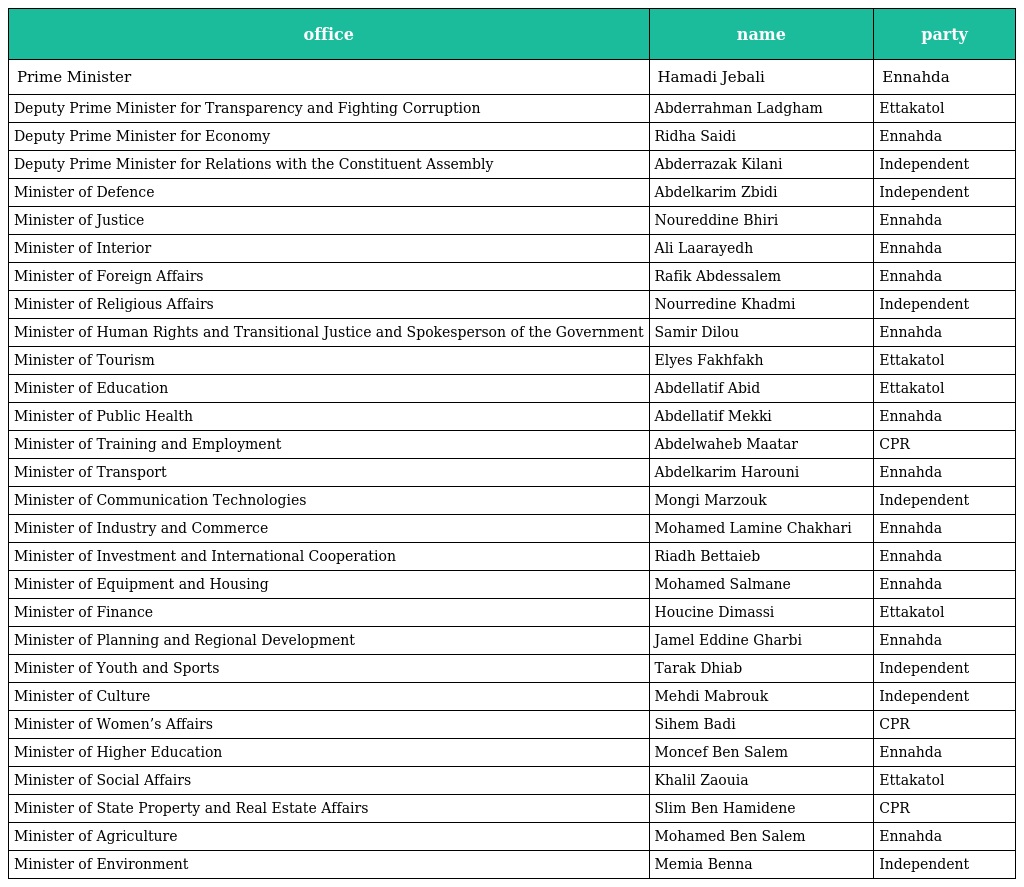
| office | name | party |
 | --- | --- | --- |
 | Prime Minister | Hamadi Jebali | Ennahda |
 | Deputy Prime Minister for Transparency and Fighting Corruption | Abderrahman Ladgham | Ettakatol |
 | Deputy Prime Minister for Economy | Ridha Saidi | Ennahda |
 | Deputy Prime Minister for Relations with the Constituent Assembly | Abderrazak Kilani | Independent |
 | Minister of Defence | Abdelkarim Zbidi | Independent |
 | Minister of Justice | Noureddine Bhiri | Ennahda |
 | Minister of Interior | Ali Laarayedh | Ennahda |
 | Minister of Foreign Affairs | Rafik Abdessalem | Ennahda |
 | Minister of Religious Affairs | Nourredine Khadmi | Independent |
 | Minister of Human Rights and Transitional Justice and Spokesperson of the Government | Samir Dilou | Ennahda |
 | Minister of Tourism | Elyes Fakhfakh | Ettakatol |
 | Minister of Education | Abdellatif Abid | Ettakatol |
 | Minister of Public Health | Abdellatif Mekki | Ennahda |
 | Minister of Training and Employment | Abdelwaheb Maatar | CPR |
 | Minister of Transport | Abdelkarim Harouni | Ennahda |
 | Minister of Communication Technologies | Mongi Marzouk | Independent |
 | Minister of Industry and Commerce | Mohamed Lamine Chakhari | Ennahda |
 | Minister of Investment and International Cooperation | Riadh Bettaieb | Ennahda |
 | Minister of Equipment and Housing | Mohamed Salmane | Ennahda |
 | Minister of Finance | Houcine Dimassi | Ettakatol |
 | Minister of Planning and Regional Development | Jamel Eddine Gharbi | Ennahda |
 | Minister of Youth and Sports | Tarak Dhiab | Independent |
 | Minister of Culture | Mehdi Mabrouk | Independent |
 | Minister of Women’s Affairs | Sihem Badi | CPR |
 | Minister of Higher Education | Moncef Ben Salem | Ennahda |
 | Minister of Social Affairs | Khalil Zaouia | Ettakatol |
 | Minister of State Property and Real Estate Affairs | Slim Ben Hamidene | CPR |
 | Minister of Agriculture | Mohamed Ben Salem | Ennahda |
 | Minister of Environment | Memia Benna | Independent |